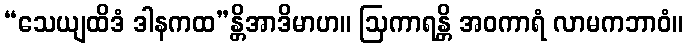
“သေယျထိဒံ ဒါနကထ”န္တိအာဒိမာဟ။ ဩကာရန္တိ အဝကာရံ လာမကဘာဝံ။